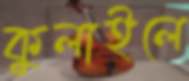
কুলাইলে